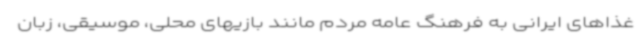
غذاهای ایرانی به فرهنگ عامه مردم مانند بازیهای محلی، موسیقی، زبان